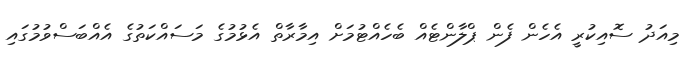
މިއަދު ސޮއިކުރީ އެހެން ފެން ޕްލާންޓެއް ބެހެއްޓުމަށް އިމާރާތް އެޅުމުގެ މަސައްކަތުގެ އެއްބަސްވުމުގައި